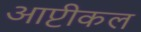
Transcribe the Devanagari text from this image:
आप्टीकल